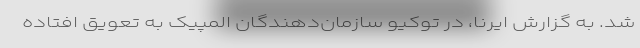
شد. به گزارش ایرنا، در توکیو سازمان‌دهندگان المپیک به تعویق افتاده